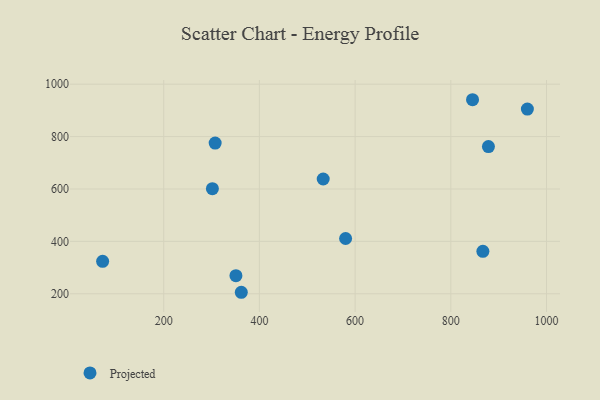
{"axis": {"x": "Investment", "y": "Salary"}, "legend": ["Projected"], "data": [{"x": "845.4", "y": 940.7, "type": "Projected"}, {"x": "350.9", "y": 269.1, "type": "Projected"}, {"x": "307.5", "y": 775.3, "type": "Projected"}, {"x": "867.0", "y": 362.0, "type": "Projected"}, {"x": "533.3", "y": 638.0, "type": "Projected"}, {"x": "960.0", "y": 904.9, "type": "Projected"}, {"x": "362.1", "y": 205.7, "type": "Projected"}, {"x": "878.6", "y": 762.0, "type": "Projected"}, {"x": "580.1", "y": 411.0, "type": "Projected"}, {"x": "72.3", "y": 323.8, "type": "Projected"}, {"x": "301.7", "y": 601.1, "type": "Projected"}]}